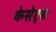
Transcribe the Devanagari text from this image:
केसेट्स